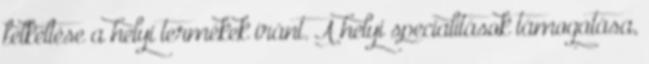
felkeltése a helyi termékek iránt. A helyi specialitások támogatása,